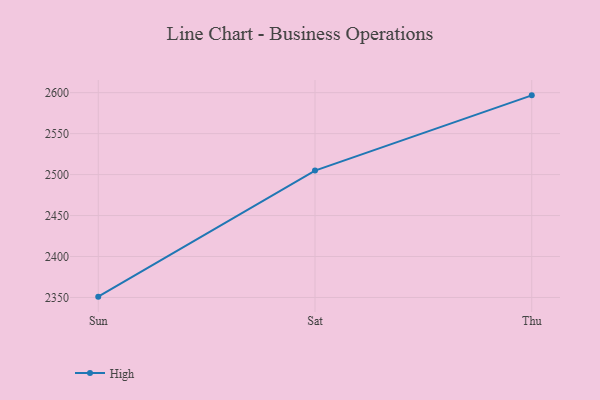
{"axis": {"x": "Day", "y": "Satisfaction Score"}, "legend": ["High"], "data": [{"x": "Sun", "y": 2351.0, "type": "High"}, {"x": "Sat", "y": 2504.9, "type": "High"}, {"x": "Thu", "y": 2596.7, "type": "High"}]}